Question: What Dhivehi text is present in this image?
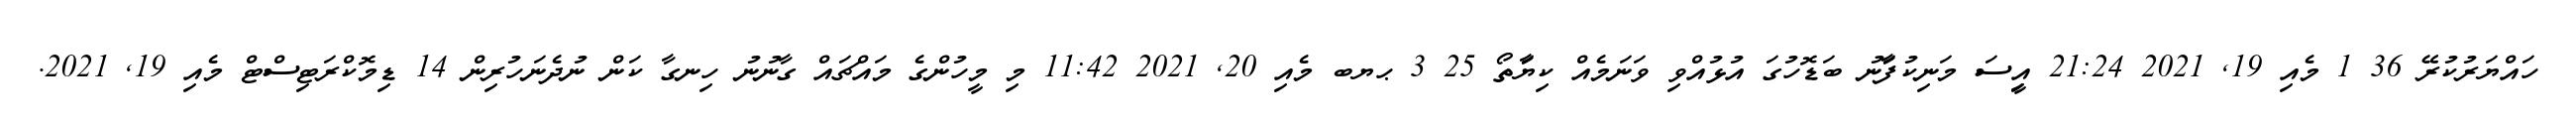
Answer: ހައްޔަރުކުރޭ 36 1 މެއި 19, 2021 21:24 އިީސަ މަނިކުފަާނު ބަޑޮހުގަ އުޅުއްވި ވަނަމެއް ކިޔަާތޯ 25 3 ޙޔބ މެއި 20, 2021 11:42 މި މީހުންގެ މައްޗައް ގާނުނު ހިނގާ ކަން ނުދެނަހުރިން 14 ޑިމޮކްރަޓިސްޓް މެއި 19, 2021.